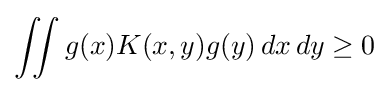
\iint g(x)K(x,y)g(y)\,dx\,dy\geq 0